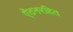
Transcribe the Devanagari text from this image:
ऐंठनरहित